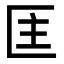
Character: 𭅘